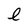
Character: l